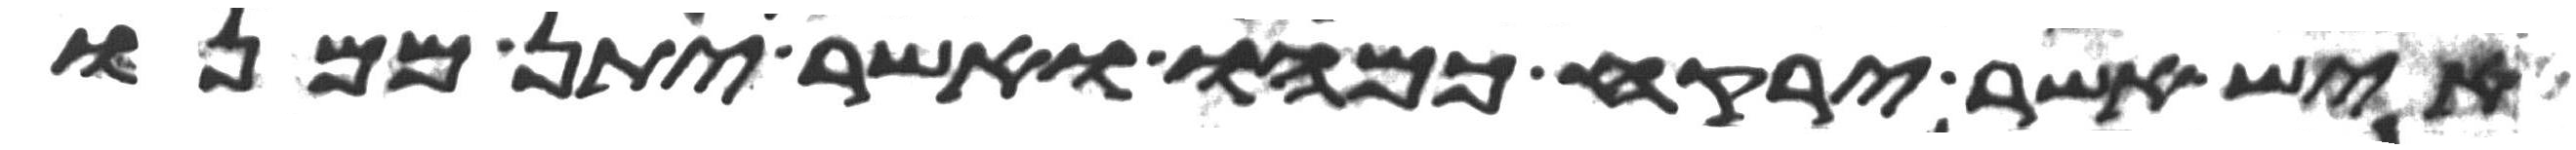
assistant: איש אשר ירקח כמהו ואשר יתן ממנו